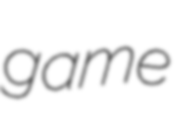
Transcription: game